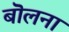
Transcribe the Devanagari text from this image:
बॊलना